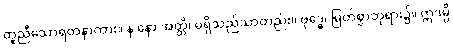
တူညီသောရတနာကား။ န နော အတ္ထိ၊ မရှိသည်သာတည်း။ ဗုဒ္ဓေ၊ မြတ်စွာဘုရား၌။ ဣဒမ္ပိ